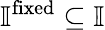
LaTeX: \mathbb{I}^{\mathrm{fixed}}\subseteq\mathbb{I}